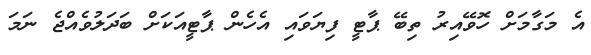
އެ މަގާމަށް ހޮވޭއިރު ތިބޭ ޕާޓީ ފިޔަވައި އެހެން ޕާޓީއަކަށް ބަދަލުވެއްޖެ ނަމަ